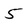
Character: 5